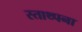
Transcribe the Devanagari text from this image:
स्ताथ्पना